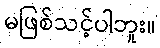
မဖြစ်သင့်ပါဘူး။